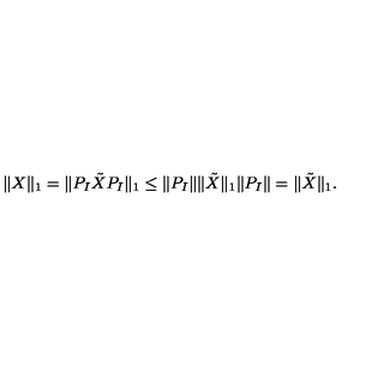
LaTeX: \| X \| _ { 1 } = \| P _ { I } \tilde { X } P _ { I } \| _ { 1 } \le \| P _ { I } \| \| \tilde { X } \| _ { 1 } \| P _ { I } \| = \| \tilde { X } \| _ { 1 } .